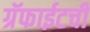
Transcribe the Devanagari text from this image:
ग्रॅफाईटची